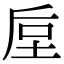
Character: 垕